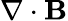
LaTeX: \nabla\cdot{\mathbf B}